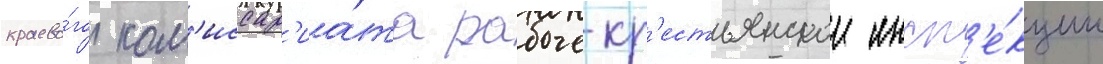
краево́го ком'иссар'иа́та рабоче-кр'естьянскои инсп'е́кции